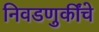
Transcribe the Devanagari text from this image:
निवडणुकींचे